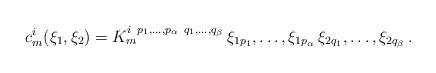
LaTeX: \begin{align*}c^i_m(\xi_1,\xi_2)= K^{i~p_{1}, \ldots , p_\alpha~q_1, \ldots, q_\beta}_m \, \xi_{1p_1}, \ldots , \xi_{1p_\alpha} \, \xi_{2q_1}, \ldots , \xi_{2q_\beta} \,. \end{align*}